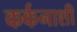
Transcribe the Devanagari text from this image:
कर्कनाशी